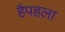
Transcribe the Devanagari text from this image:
हैपहला